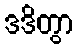
ဒဒိတွာ